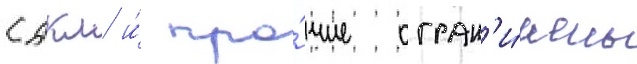
сдкм и́ про́чие огран'и́чены